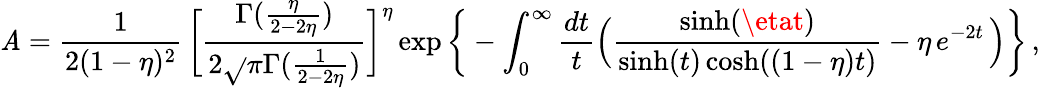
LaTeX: {\mathit{A}}=\frac{{1}}{{2(1-\eta)^{2}}}\, \bigg[\frac{{\Gamma(\frac{{\eta}}{{2-2\eta}})}}{{2\sqrt{}{{\pi}}\Gamma(\frac{{1}}{{2-2\eta}})}}\bigg]^{\eta}\exp\bigg\{ -\int_{0}^{\infty}\frac{{dt}}{{t}}\Big(\frac{{\sinh(\etat)}}{{\sinh(t)\cosh((1-\eta)t)}}-{\eta}\, e^{-2t}\, \Big)\bigg\} \, ,